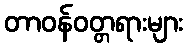
တာဝန်ဝတ္တရားများ